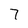
Character: 7